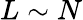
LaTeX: L\sim N